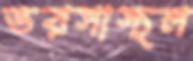
ভরসাস্থল